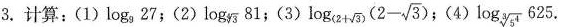
3.计算: (1) \log_{9}{27} ; (2) \log_{\sqrt[4]{3} }{81} ;(3) \log_{(2+\sqrt{3} )}{(2-\sqrt{3}) } ; (4) \log_{\sqrt[3]{5^{4}} }{625} .